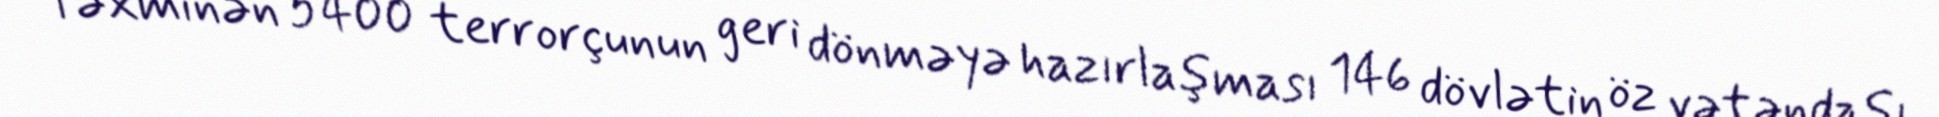
Təxminən 5400 terrorçunun geri dönməyə hazırlaşması 146 dövlətin öz vətəndaşı